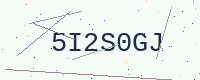
Text: 5I2S0GJ